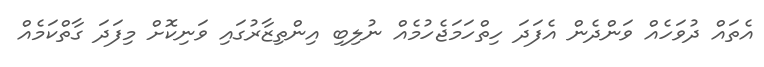
އެތައް ދުވަހެއް ވަންދެން އެފަދަ ހިތްހަމަޖެހުމެއް ނުލިބި އިންތިޒާރުގައި ވަނިކޮށް މިފަދަ ގާތްކަމެއް